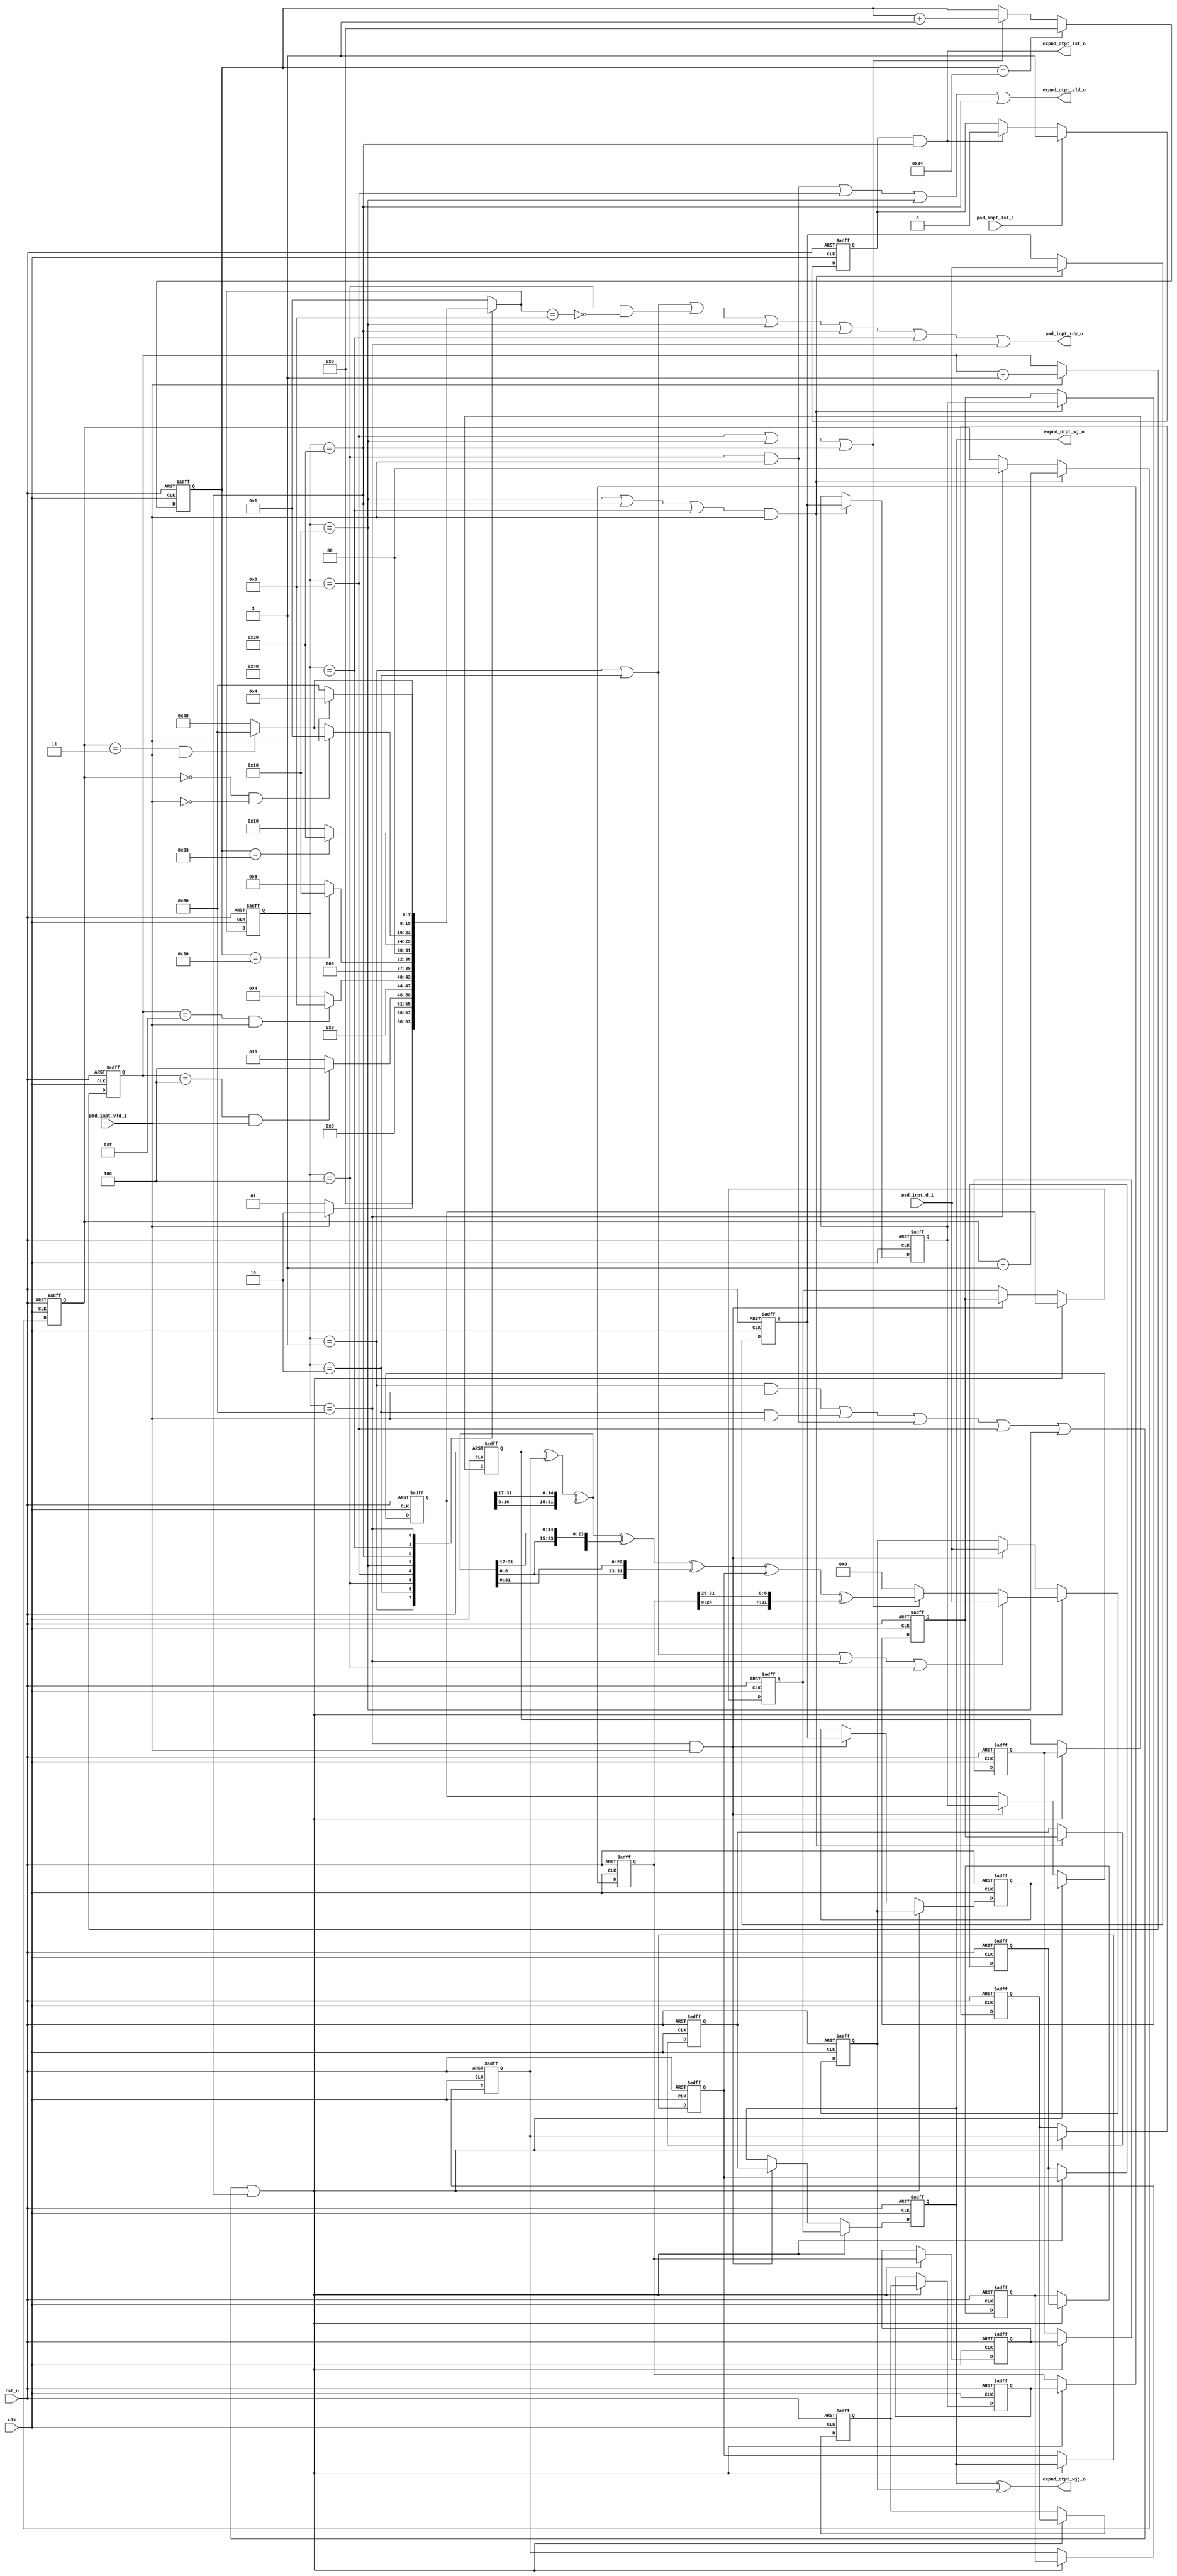
`define SM3_EXPND_PRE_LOAD_REG
`define SM3_INPT_DW_32
`define INPT_DW    32
`define INPT_DW1        (`INPT_DW - 1)
`define INPT_BYTE_DW1   (`INPT_DW/8 - 1)
`define INPT_BYTE_DW    (`INPT_BYTE_DW1 + 1)
module sm3_expnd_core (
    input                       clk,
    input                       rst_n,

    input   [`INPT_DW1:0]       pad_inpt_d_i,
    input                       pad_inpt_vld_i,
    input                       pad_inpt_lst_i,

    output                      pad_inpt_rdy_o,

    output  [`INPT_DW1:0]       expnd_otpt_wj_o,                    
    output  [`INPT_DW1:0]       expnd_otpt_wjj_o,                    
    output                      expnd_otpt_lst_o,                  
    output                      expnd_otpt_vld_o                    
);

// 32bit1 64bit2
`ifdef SM3_INPT_DW_32
    localparam [1:0]            INPT_WORD_NUM               =   2'd1;
`elsif SM3_INPT_DW_64
    localparam [1:0]            INPT_WORD_NUM               =   2'd2;
`endif

localparam                  WORD_INPT_NUM       = 512 / 32;//16
localparam [5:0]            WORD_EXPND_ROUND    = 52;//(68 - 16)

`ifdef SM3_EXPND_PRE_LOAD_REG
    localparam              PRE_BUFF_N = 4;
`endif

//
wire [31:0]             word_wj_expand;
wire [31:0]             word_wjj_otpt;
wire [31:0]             word_wj_expand_tmp_1;
wire [31:0]             word_wj_expand_tmp_2;

//64bit
`ifdef SM3_INPT_DW_64
    wire [31:0]             word_wj_expand_w1;
    wire [31:0]             word_wjj_otpt_w1;
    wire [31:0]             word_wj_expand_tmp_1_w1;
    wire [31:0]             word_wj_expand_tmp_2_w1;
`endif

wire                    word_exp_push_reg_ena;  //

// reg
reg [31:0]              word_buff [15:0];   //16  1632
wire                    word_buff_shft_ena;  
wire[31:0]              word_buff_new_push; //

//64bit 
`ifdef SM3_INPT_DW_64
    wire[31:0]              word_buff_new_push_w1;
`endif

//
`ifdef SM3_EXPND_PRE_LOAD_REG
    reg [31:0]              word_buff_nb_pre [3:0];//4 
    wire                    word_buff_rpd_shft_ena;  
    wire                    word_buff_nb_pre_shft_ena;  
`endif

//
`ifdef SM3_EXPND_PRE_LOAD_REG
    reg [1:0]               word_buff_nb_pre_cntr;
    wire                    word_buff_nb_pre_cntr_add;
    wire                    word_buff_nb_pre_cntr_clr; 
`endif

//
reg [3:0]               msg_blk_word_inpt_cntr;  
wire                    msg_blk_word_inpt_cntr_add;
wire                    msg_blk_word_inpt_cntr_clr;

//
reg [5:0]               msg_blk_word_exp_cntr;  
wire                    msg_blk_word_exp_cntr_add;
wire                    msg_blk_word_exp_cntr_clr;

//
`define STT_W 8
`define STT_W1 `STT_W - 1

reg [`STT_W1:0]   state;
reg [`STT_W1:0]   nxt_state;

localparam IDLE                     = `STT_W'h1;
localparam INPT_ORGN_5W             = `STT_W'h2;//5w0-w4
localparam INPT_OTPT                = `STT_W'h4;//11w5-w1511
localparam EXP_OTPT                 = `STT_W'h8;//,48w63
localparam EXP_OTPT_PRE_INPT        = `STT_W'h10;//w643 wn0-wn2
localparam EXP_OTPT_FIN             = `STT_W'h20;//,4 wn3,
localparam WAT_PRE_INPT_FIN         = `STT_W'h40;//>0  <4, 4 
localparam RPD_SHFT                 = `STT_W'h80;//,128b

//SM3
wire                    pad_inpt_d_inpt_rdy;

//
reg                     msg_lst_blk_flg;
wire                    msg_lst_blk_flg_ena;
wire                    msg_lst_blk_flg_clr;

//SM3 EXP_OTPT 
assign                  pad_inpt_d_inpt_rdy = (  state == IDLE 
                                        ||    state == INPT_ORGN_5W
                                        ||    (state == INPT_OTPT && ~(nxt_state   ==  EXP_OTPT))//     
                                        ||    state == EXP_OTPT_PRE_INPT     
                                        ||    state == EXP_OTPT_FIN        
                                        ||    state == WAT_PRE_INPT_FIN    
                                        ||    state == RPD_SHFT            
                                        ) ;
  
//
always @(posedge clk or negedge rst_n) begin
    if(~rst_n) begin
        msg_blk_word_inpt_cntr              <= 4'b0;
    end else if(msg_blk_word_inpt_cntr_add)begin
        msg_blk_word_inpt_cntr              <= msg_blk_word_inpt_cntr + INPT_WORD_NUM;
    end else if(msg_blk_word_inpt_cntr_clr)begin
        msg_blk_word_inpt_cntr              <= 4'b0;
    end
end
assign                  msg_blk_word_inpt_cntr_add  = pad_inpt_vld_i; //
assign                  msg_blk_word_inpt_cntr_clr  = 1'b0; //0-f  16 

//
always @(posedge clk or negedge rst_n) begin
    if(~rst_n) begin
        msg_blk_word_exp_cntr              <= 6'b0;
    end else if(msg_blk_word_exp_cntr_clr)begin
        msg_blk_word_exp_cntr              <= 6'b0;
    end else if(msg_blk_word_exp_cntr_add)begin
        msg_blk_word_exp_cntr              <= msg_blk_word_exp_cntr + INPT_WORD_NUM;
    end
end
assign                  msg_blk_word_exp_cntr_add  = word_exp_push_reg_ena;//
assign                  msg_blk_word_exp_cntr_clr  = msg_blk_word_exp_cntr == WORD_EXPND_ROUND;//

`ifdef SM3_EXPND_PRE_LOAD_REG
    //
    always @(posedge clk or negedge rst_n) begin
        if(~rst_n) begin
            word_buff_nb_pre_cntr              <= 2'b0;
        end else if(word_buff_nb_pre_cntr_add)begin
            word_buff_nb_pre_cntr              <= word_buff_nb_pre_cntr + INPT_WORD_NUM;
        end else if(word_buff_nb_pre_cntr_clr)begin
            word_buff_nb_pre_cntr              <= 2'b0;
        end
    end
    assign                  word_buff_nb_pre_cntr_add  = (  state == EXP_OTPT_PRE_INPT 
                                                        ||  state == EXP_OTPT_FIN  
                                                        ||  state == WAT_PRE_INPT_FIN  
                                                        ) && pad_inpt_vld_i;//
    assign                  word_buff_nb_pre_cntr_clr  = state == RPD_SHFT ;//
`endif

//
always @(posedge clk or negedge rst_n) begin
    if(~rst_n) begin
        msg_lst_blk_flg              <= 1'b0;
    end else if(msg_lst_blk_flg_ena)begin
        msg_lst_blk_flg              <= 1'b1;
    end else if(msg_lst_blk_flg_clr)begin
        msg_lst_blk_flg              <= 1'b0;
    end
end

assign                  msg_lst_blk_flg_ena  = pad_inpt_lst_i;
assign                  msg_lst_blk_flg_clr  = expnd_otpt_lst_o;

//
always @(*) begin
    case (state)
        IDLE: begin
            if(pad_inpt_vld_i)
                nxt_state   =   INPT_ORGN_5W;
            else
                nxt_state   =   IDLE;
        end
        INPT_ORGN_5W:begin
            if(msg_blk_word_inpt_cntr == 4'd4 && pad_inpt_vld_i) 
                nxt_state   =   INPT_OTPT;// 5 
            else
                nxt_state   =   INPT_ORGN_5W;
        end
        INPT_OTPT:begin
            if(msg_blk_word_inpt_cntr == (WORD_INPT_NUM - INPT_WORD_NUM) && pad_inpt_vld_i) 
                nxt_state   =   EXP_OTPT;// 16 
            else
                nxt_state   =   INPT_OTPT;
        end
        EXP_OTPT:begin
            if(msg_blk_word_exp_cntr == 6'd48) 
                nxt_state   =   EXP_OTPT_PRE_INPT; //w6348 
            else
                nxt_state   =   EXP_OTPT;
        end
        EXP_OTPT_PRE_INPT:begin
            if(msg_blk_word_exp_cntr == (WORD_EXPND_ROUND - INPT_WORD_NUM)) 
                nxt_state   =   EXP_OTPT_FIN; //51, 
            else
                nxt_state   =   EXP_OTPT_PRE_INPT;
        end
        EXP_OTPT_FIN:begin
            `ifdef SM3_EXPND_PRE_LOAD_REG
                if(word_buff_nb_pre_cntr == 2'd0 && ~pad_inpt_vld_i) 
                    nxt_state   =   IDLE; //idle
                else if((word_buff_nb_pre_cntr == 3'd4 - INPT_WORD_NUM) && pad_inpt_vld_i)
                    nxt_state   =   RPD_SHFT;//4  RPD_SHFT
                else 
                    nxt_state   =   WAT_PRE_INPT_FIN;// WAT_PRE_INPT_FIN
            `else
                nxt_state   =   IDLE;
            `endif
        end
        WAT_PRE_INPT_FIN:begin
            `ifdef SM3_EXPND_PRE_LOAD_REG
                if((word_buff_nb_pre_cntr == 3'd4 - INPT_WORD_NUM) && pad_inpt_vld_i) 
                    nxt_state   =   RPD_SHFT; //4  RPD_SHFT
                else 
                    nxt_state   =   WAT_PRE_INPT_FIN;//WAT_PRE_INPT_FIN
            `else
                nxt_state   =   IDLE;
            `endif
        end
        RPD_SHFT:begin
            `ifdef SM3_EXPND_PRE_LOAD_REG
                if(pad_inpt_vld_i) 
                    nxt_state   =   INPT_OTPT; //5
                else
                    nxt_state   =   RPD_SHFT;//5
            `else
                nxt_state   =   IDLE;
            `endif
        end
        default: 
            nxt_state   =   IDLE;
    endcase
end

always @(posedge clk or negedge rst_n) begin
    if(~rst_n)
        state   <=  `STT_W'b1;
    else begin
        state   <=  nxt_state;
    end  
end

//
assign                  word_wj_expand_tmp_1        =   word_buff[0] ^ word_buff[7] ^ {word_buff[13][16:0],word_buff[13][31:17]};
assign                  word_wj_expand_tmp_2        =   {word_wj_expand_tmp_1 ^ {word_wj_expand_tmp_1[16:0],word_wj_expand_tmp_1[31:17]} 
                                                                                ^ {word_wj_expand_tmp_1[8:0],word_wj_expand_tmp_1[31:9]}};

assign                  word_wj_expand              =   word_wj_expand_tmp_2 ^ word_buff[10] ^ {word_buff[3][24:0],word_buff[3][31:25]};

`ifdef SM3_INPT_DW_64
    assign                  word_wj_expand_tmp_1_w1        =   word_buff[1] ^ word_buff[8] ^ {word_buff[14][16:0],word_buff[14][31:17]};
    assign                  word_wj_expand_tmp_2_w1        =   {word_wj_expand_tmp_1_w1 ^ {word_wj_expand_tmp_1_w1[16:0],word_wj_expand_tmp_1_w1[31:17]} 
                                                                                    ^ {word_wj_expand_tmp_1_w1[8:0],word_wj_expand_tmp_1_w1[31:9]}};

    assign                  word_wj_expand_w1              =   word_wj_expand_tmp_2_w1 ^ word_buff[11] ^ {word_buff[4][24:0],word_buff[4][31:25]};
`endif

`ifdef SM3_INPT_DW_32
    assign                  word_wjj_otpt                 =   word_buff[11] ^ word_buff[15];
`elsif SM3_INPT_DW_64
    assign                  word_wjj_otpt                 =   word_buff[10] ^ word_buff[14];
    assign                  word_wjj_otpt_w1              =   word_buff[11] ^ word_buff[15];
`endif

    
//
assign                  word_exp_push_reg_ena       =   (state == EXP_OTPT         
                                                    ||   state == EXP_OTPT_PRE_INPT
                                                    ||   state == EXP_OTPT_FIN     
                                                        );

// (0-15) (16-67) 0( >67)
assign                  word_buff_new_push          =   (state == IDLE
                                                    ||   state == INPT_ORGN_5W
                                                    ||   state == RPD_SHFT
                                                    ||   state == INPT_OTPT 
                                                    `ifdef SM3_INPT_DW_32
                                                        ) ? pad_inpt_d_i[31:0] : 
                                                    `elsif SM3_INPT_DW_64
                                                        ) ? pad_inpt_d_i[63:32] : 
                                                    `endif
                                                        word_exp_push_reg_ena ? word_wj_expand : 
                                                        32'd0;

`ifdef SM3_INPT_DW_64
    assign                  word_buff_new_push_w1   =   (state == IDLE
                                                    ||   state == INPT_ORGN_5W
                                                    ||   state == RPD_SHFT
                                                    ||   state == INPT_OTPT 
                                                        ) ? pad_inpt_d_i[31:0] : 
                                                        word_exp_push_reg_ena ? word_wj_expand_w1 : 
                                                        32'd0;
`endif

// push
always @(posedge clk or negedge rst_n) begin
    if(~rst_n) begin : buff_init
        integer i;
        for ( i = 0 ; i < WORD_INPT_NUM; i = i + 1) begin:buff_init
            word_buff[i]                <=      32'd0;          
        end
    end
    else if(word_buff_shft_ena)begin : buff_shift // w0 <- w1; w1 <- w2;....w15 <- w_new
        integer i;
        `ifdef SM3_INPT_DW_32
            for ( i = WORD_INPT_NUM - 1 ; i > 0 ; i = i - 1) begin
                word_buff[i-1]                  <=      word_buff[i];    
            end
            word_buff[15]                   <=      word_buff_new_push;  
        `elsif SM3_INPT_DW_64
            for ( i = (WORD_INPT_NUM / INPT_WORD_NUM)- 1 ; i > 0 ; i = i - 1) begin
                word_buff[2*i-1]                    <=      word_buff[2*i+1];    
                word_buff[2*(i-1)]                  <=      word_buff[2*i];    
            end
            {word_buff[14],word_buff[15]}                   <=      {word_buff_new_push,word_buff_new_push_w1};    
        `endif
    end
    `ifdef SM3_EXPND_PRE_LOAD_REG
        else if(word_buff_rpd_shft_ena)begin : buff_rpd_shift //
            `ifdef SM3_INPT_DW_32
                word_buff[15]                   <=      pad_inpt_d_i;      
                word_buff[14]                   <=      word_buff_nb_pre[3];      
                word_buff[13]                   <=      word_buff_nb_pre[2];      
                word_buff[12]                   <=      word_buff_nb_pre[1];      
                word_buff[11]                   <=      word_buff_nb_pre[0]; 
            `elsif SM3_INPT_DW_64
                {word_buff[14],word_buff[15]}   <=      pad_inpt_d_i;      
                word_buff[13]                   <=      word_buff_nb_pre[2];      
                word_buff[12]                   <=      word_buff_nb_pre[3];      
                word_buff[11]                   <=      word_buff_nb_pre[0];      
                word_buff[10]                   <=      word_buff_nb_pre[1];  
            `endif
                 
        end
    `endif
end

assign                  word_buff_shft_ena      =   (state == IDLE && pad_inpt_vld_i)
                                                ||  (state == INPT_ORGN_5W  && pad_inpt_vld_i)
                                                ||  (state == INPT_OTPT     && pad_inpt_vld_i)
                                                ||  state == EXP_OTPT 
                                                ||  state == EXP_OTPT_PRE_INPT 
                                                ||  state == EXP_OTPT_FIN 
                                                ;// 20.5.13 fix

`ifdef SM3_EXPND_PRE_LOAD_REG
    assign                  word_buff_rpd_shft_ena  =   state == RPD_SHFT && pad_inpt_vld_i; // 

    //
    always @(posedge clk or negedge rst_n) begin
        if(~rst_n) begin : pre_buff_init
            integer i;
            for ( i = 0 ; i < PRE_BUFF_N; i = i + 1) begin : pre_buff_init
                word_buff_nb_pre[i]                <=      32'd0;          
            end
        end
        else if(word_buff_nb_pre_shft_ena)begin : pre_buff_shift // wnb0 <- wnb1....wnb3 <- input
            integer i;
            `ifdef SM3_INPT_DW_32
                for ( i = PRE_BUFF_N - 1 ; i > 0 ; i = i - 1) begin
                    word_buff_nb_pre[i-1]                  <=      word_buff_nb_pre[i];    
                end
                word_buff_nb_pre[PRE_BUFF_N - 1]                   <=      pad_inpt_d_i;    
            `elsif SM3_INPT_DW_64
                for ( i = (PRE_BUFF_N / INPT_WORD_NUM)- 1 ; i > 0 ; i = i - 1) begin
                    word_buff_nb_pre[2*i-1]                    <=      word_buff_nb_pre[2*i+1];    
                    word_buff_nb_pre[2*(i-1)]                  <=      word_buff_nb_pre[2*i];    
                end
                {word_buff_nb_pre[PRE_BUFF_N - 1], word_buff_nb_pre[PRE_BUFF_N - 2]}                  <=      pad_inpt_d_i;    
            `endif
        end
    end

    assign                  word_buff_nb_pre_shft_ena   =   (   state == EXP_OTPT_PRE_INPT
                                                            ||  state == EXP_OTPT_FIN 
                                                            ||  state == WAT_PRE_INPT_FIN 
                                                            ) && pad_inpt_vld_i;//
`endif

//
`ifdef SM3_INPT_DW_32
    assign                  expnd_otpt_wj_o                =  word_buff[11];// 5
    assign                  expnd_otpt_wjj_o               =  word_wjj_otpt;
`elsif SM3_INPT_DW_64
    assign                  expnd_otpt_wj_o                =  {word_buff[10],word_buff[11]};
    assign                  expnd_otpt_wjj_o               =  {word_wjj_otpt,word_wjj_otpt_w1};
`endif

assign                  expnd_otpt_vld_o        =  (state == INPT_OTPT && pad_inpt_vld_i) //20.5.13 fix   
                                                ||  state == EXP_OTPT         
                                                ||  state == EXP_OTPT_PRE_INPT
                                                ||  state == EXP_OTPT_FIN
                                                    ;
assign                  expnd_otpt_lst_o        =  msg_lst_blk_flg && state == EXP_OTPT_FIN;
assign                  pad_inpt_rdy_o           =  pad_inpt_d_inpt_rdy; //

// debug log
`ifdef SM3_EXPND_SIM_DBG
    generate
        always@(posedge clk) begin
            if(expnd_otpt_vld_o)begin
                `ifdef SM3_INPT_DW_32
                    $display("LOG: EXPND WORD %8h | %8h", expnd_otpt_wj_o[31:0],expnd_otpt_wjj_o[31:0],);
                `elsif SM3_INPT_DW_64
                    $display("LOG: EXPND WORD wj[63:32]:%8h | wj[31:0]:%8h | wjj[63:32]:%8h | wjj[31:0]:%8h"  
                                                                    ,expnd_otpt_wj_o[63:32]
                                                                    ,expnd_otpt_wj_o[31:0]
                                                                    ,expnd_otpt_wjj_o[63:32]
                                                                    ,expnd_otpt_wjj_o[31:0]
                                                                    );
                `endif    
            end	
        end
    endgenerate
`endif
endmodule